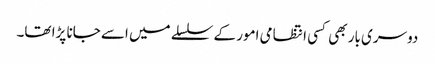
دوسری بار بھی کسی انتظامی امور کے سلسلے میں اسے جانا پڑا تھا۔